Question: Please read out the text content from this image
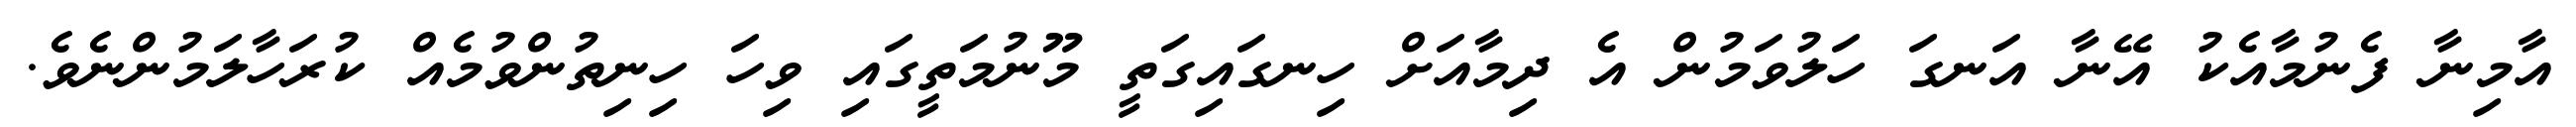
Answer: އާމިނާ ފެނުމާއެކު އޭނާ އަނގަ ހަލުވަމުން އެ ދިމާއަށް ހިނގައިގަތީ މޫނުމަތީގައި ވިހަ ހިނިތުންވުމެއް ކުރަހާލަމުންނެވެ.